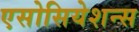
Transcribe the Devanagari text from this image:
एसोसियेशन्स